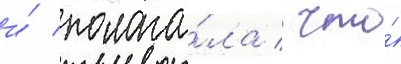
и́ полага́ла / что́